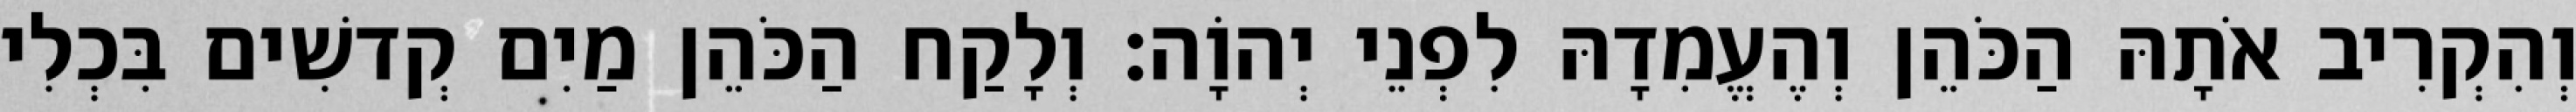
וְהִקְרִיב אֹתָהּ הַכֹּהֵן וְהֶעֱמִדָהּ לִפְנֵי יְהוָֹה׃ וְלָקַח הַכֹּהֵן מַיִם קְדשִׁים בִּכְלִי